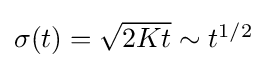
{\textstyle \sigma (t)={\sqrt {2Kt}}\sim t^{1/2}}